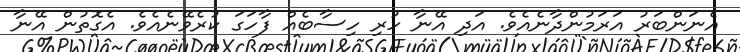
އެނަންބަރު އަރަމުންދާނެއެވެ. އަދި އޭނާ ހުރި ހިސާބެއް ފާހަގަ ކުރެވޭނެއެވެ. އެގޮތުން އޭނާ